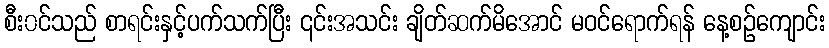
စီး၀င်သည် စာရင်းနှင့်ပက်သက်ပြီး ၎င်းအသင်း ချိတ်ဆက်မိအောင် မဝင်ရောက်ရန် နေ့စဉ်ကျောင်း